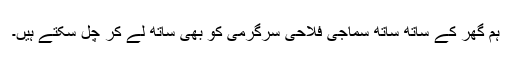
ہم گھر کے ساتھ ساتھ سماجی فلاحی سرگرمی کو بھی ساتھ لے کر چل سکتے ہیں۔